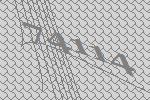
74114